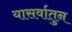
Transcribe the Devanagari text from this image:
यासर्वातुन